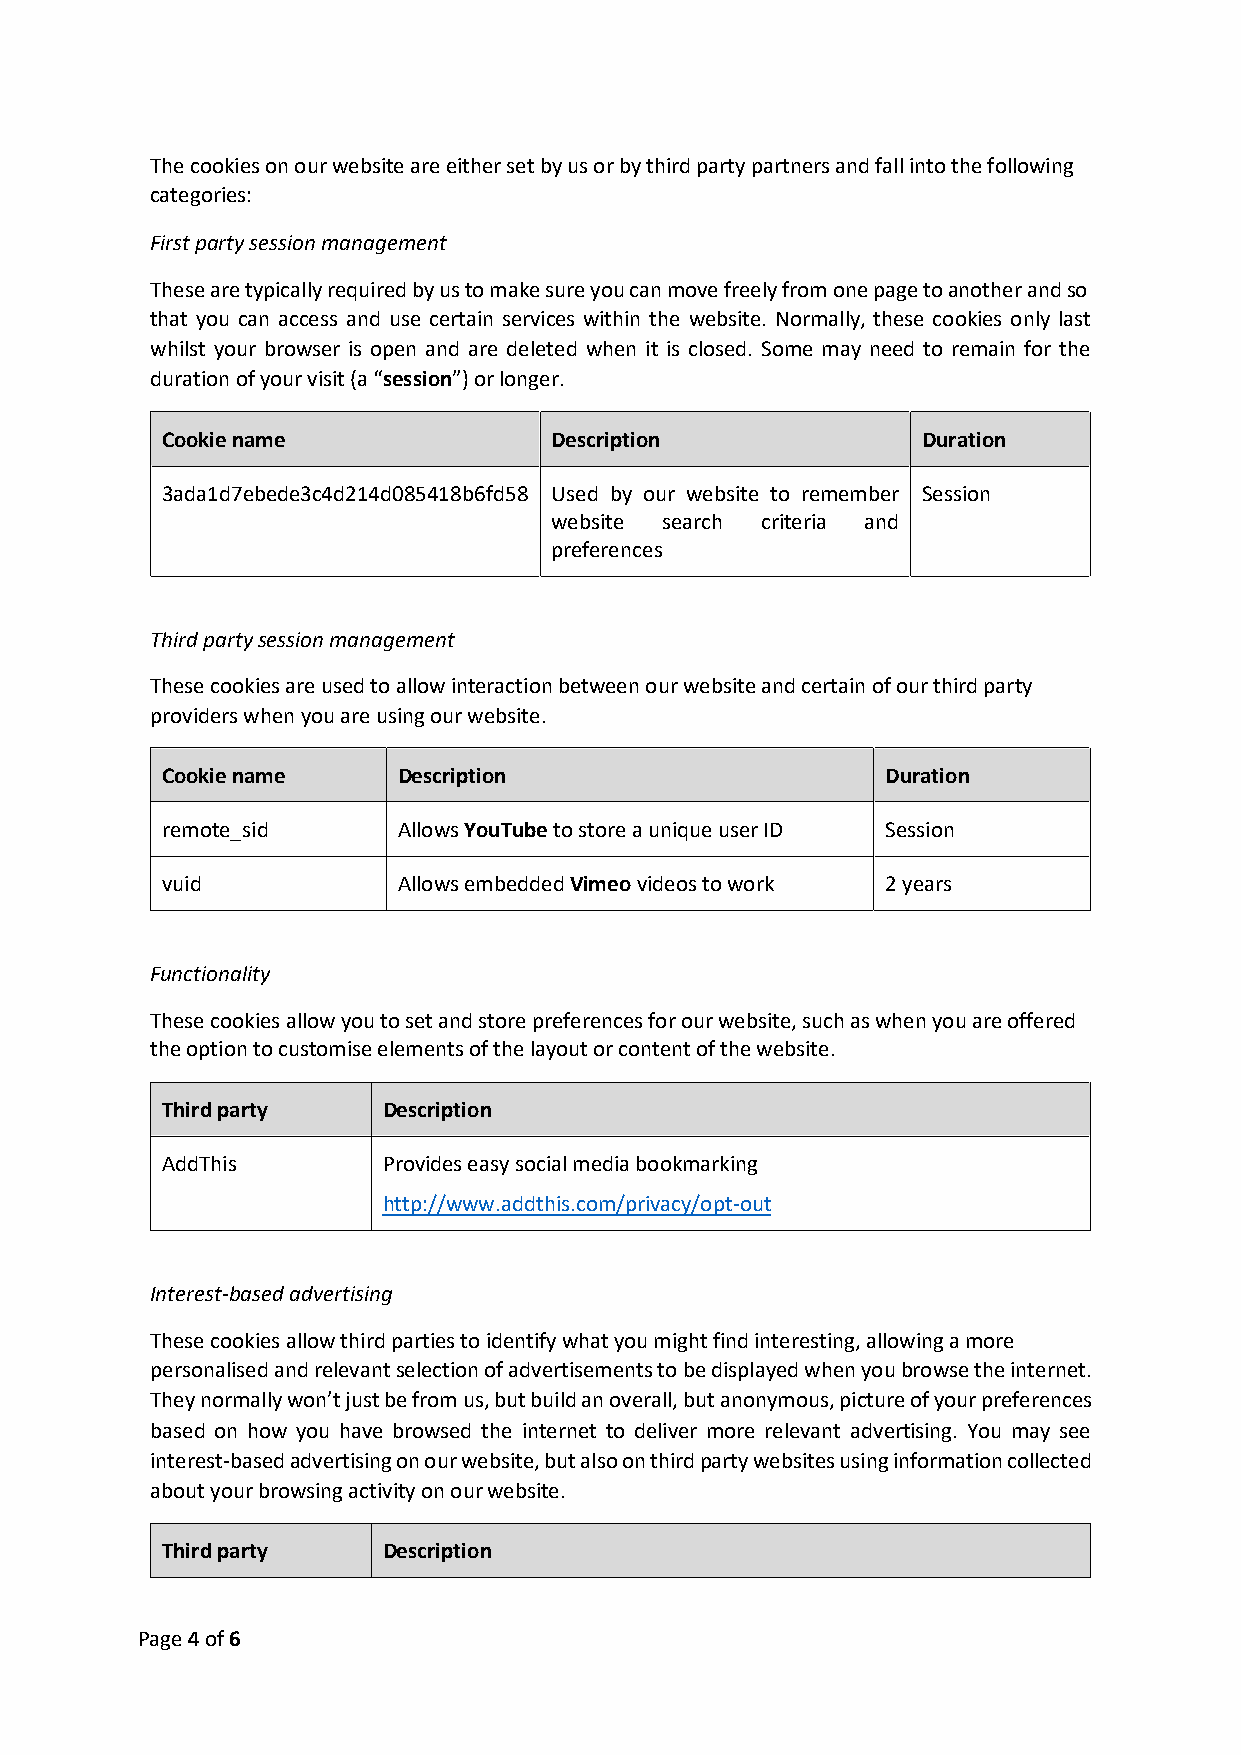
The cookies on our website are either set by us or by third party partners and fall into the following
 categories:
 First party session management
 These are typically required by us to make sure you can move freely from one page to another and so
 that you can access and use certain services within the website. Normally, these cookies only last
 whilst your browser is open and are deleted when it is closed. Some may need to remain for the
 duration of your visit (a “session”) or longer.
 Cookie name               Description             Duration
 3ada1d7ebede3c4d214d085418b6fd58 Used by our website to remember Session
 website search criteria and
 preferences
 Third party session management
 These cookies are used to allow interaction between our website and certain of our third party
 providers when you are using our website.
 Cookie name    Description                      Duration
 remote_sid     Allows YouTube to store a unique user ID Session
 vuid           Allows embedded Vimeo videos to work 2 years
 Functionality
 These cookies allow you to set and store preferences for our website, such as when you are offered
 the option to customise elements of the layout or content of the website.
 Third party   Description
 AddThis       Provides easy social media bookmarking
 http://www.addthis.com/privacy/opt-out
 Interest-based advertising
 These cookies allow third parties to identify what you might find interesting, allowing a more
 personalised and relevant selection of advertisements to be displayed when you browse the internet.
 They normally won’t just be from us, but build an overall, but anonymous, picture of your preferences
 based on how you have browsed the internet to deliver more relevant advertising. You may see
 interest-based advertising on our website, but also on third party websites using information collected
 about your browsing activity on our website.
 Third party   Description
 Page 4 of 6